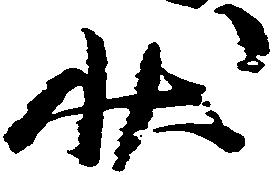
状